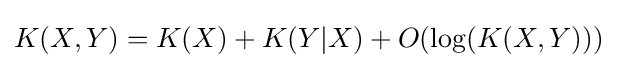
K(X,Y)=K(X)+K(Y|X)+O(\log(K(X,Y)))